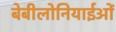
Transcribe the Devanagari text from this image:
बेबीलोनियाईओं